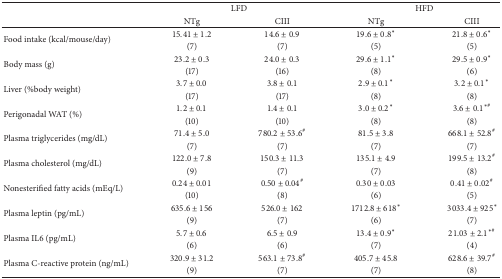
<table><thead><tr><td rowspan="2"><b> </b></td><td colspan="2"><b>LFD</b></td><td colspan="2"><b>HFD</b></td></tr><tr><td><b>NTg</b></td><td><b>CIII</b></td><td><b>NTg</b></td><td><b>CIII</b></td></tr></thead><tbody><tr><td rowspan="2">Food intake (kcal/mouse/day)</td><td>15.41 ± 1.2</td><td>14.6 ± 0.9</td><td>19.6 ± 0.8<sup><i>∗</i></sup></td><td>21.8 ± 0.6<sup><i>∗</i></sup></td></tr><tr><td>(7)</td><td>(7)</td><td>(5)</td><td>(5)</td></tr><tr><td rowspan="2">Body mass (g)</td><td>23.2 ± 0.3</td><td>24.0 ± 0.3</td><td>29.6 ± 1.1<sup><i>∗</i></sup></td><td>29.5 ± 0.9<sup><i>∗</i></sup></td></tr><tr><td>(17)</td><td>(16)</td><td>(8)</td><td>(6)</td></tr><tr><td rowspan="2">Liver (%body weight)</td><td>3.7 ± 0.0</td><td>3.8 ± 0.1</td><td>2.9 ± 0.1<sup><i>∗</i></sup></td><td>3.2 ± 0.1<sup><i>∗</i></sup></td></tr><tr><td>(17)</td><td>(17)</td><td>(8)</td><td>(8)</td></tr><tr><td rowspan="2">Perigonadal WAT (%)</td><td>1.2 ± 0.1</td><td>1.4 ± 0.1</td><td>3.0 ± 0.2<sup><i>∗</i></sup></td><td>3.6 ± 0.1<sup><i>∗</i>#</sup></td></tr><tr><td>(10)</td><td>(10)</td><td>(8)</td><td>(8)</td></tr><tr><td rowspan="2">Plasma triglycerides (mg/dL)</td><td>71.4 ± 5.0</td><td>780.2 ± 53.6<sup>#</sup></td><td>81.5 ± 3.8</td><td>668.1 ± 52.8<sup>#</sup></td></tr><tr><td>(7)</td><td>(7)</td><td>(7)</td><td>(7)</td></tr><tr><td rowspan="2">Plasma cholesterol (mg/dL)</td><td>122.0 ± 7.8</td><td>150.3 ± 11.3</td><td>135.1 ± 4.9</td><td>199.5 ± 13.2<sup>#</sup></td></tr><tr><td>(9)</td><td>(7)</td><td>(7)</td><td>(8)</td></tr><tr><td rowspan="2">Nonesterified fatty acids (mEq/L)</td><td>0.24 ± 0.01</td><td>0.50 ± 0.04<sup>#</sup></td><td>0.30 ± 0.03</td><td>0.41 ± 0.02<sup>#</sup></td></tr><tr><td>(10)</td><td>(8)</td><td>(6)</td><td>(5)</td></tr><tr><td rowspan="2">Plasma leptin (pg/mL)</td><td>635.6 ± 156</td><td>526.0 ± 162</td><td>1712.8 ± 618<sup><i>∗</i></sup></td><td> 3033.4 ± 925<sup><i>∗</i></sup></td></tr><tr><td>(9)</td><td>(7)</td><td>(6)</td><td>(7)</td></tr><tr><td rowspan="2">Plasma IL6 (pg/mL)</td><td>5.7 ± 0.6</td><td>6.5 ± 0.9</td><td>13.4 ± 0.9<sup><i>∗</i></sup></td><td>21.03 ± 2.1<sup><i>∗</i>#</sup></td></tr><tr><td>(6)</td><td>(6)</td><td>(7)</td><td>(4)</td></tr><tr><td rowspan="2">Plasma C-reactive protein (ng/mL)</td><td>320.9 ± 31.2</td><td>563.1 ± 73.8<sup>#</sup></td><td>405.7 ± 45.8</td><td>628.6 ± 39.7<sup>#</sup></td></tr><tr><td>(9)</td><td>(7)</td><td>(7)</td><td>(8)</td></tr></tbody></table>